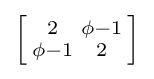
\left[{\begin{smallmatrix}2&\phi -1\\\phi -1&2\end{smallmatrix}}\right]